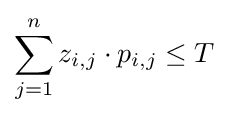
\sum _{j=1}^{n}z_{i,j}\cdot p_{i,j}\leq T